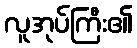
လူအုပ်ကြီး၏